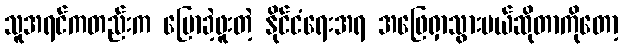
သူအရင်ကတည်းက ပြောခဲ့ဖူးတဲ့ နိုင်ငံရေးအရ အဖြေရှာသွားမယ်ဆိုတာကိုတော့